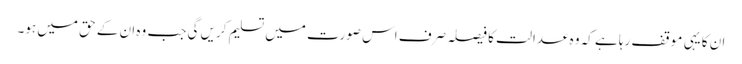
ان کا یہی موقف رہا ہے کہ وہ عدالت کا فیصلہ صرف اس صورت میں تسلیم کریں گی جب وہ ان کے حق میں ہو۔